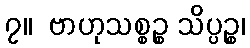
၇။  ဗာဟုသစ္စဉ္စ သိပ္ပဉ္စ၊